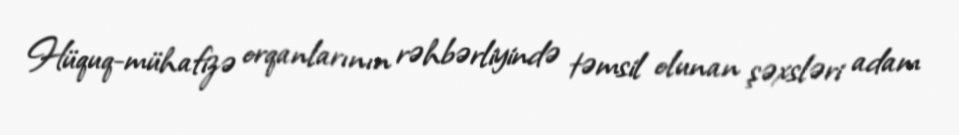
Hüquq-mühafizə orqanlarının rəhbərliyində təmsil olunan şəxsləri adam